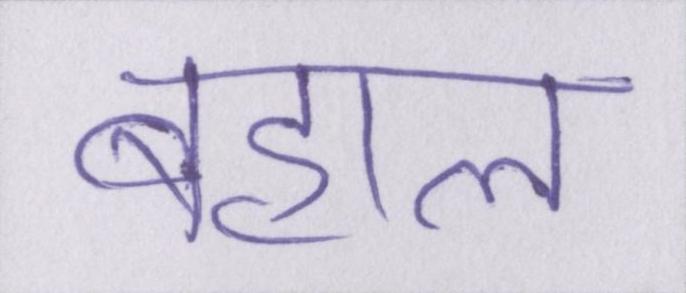
बहाल